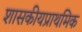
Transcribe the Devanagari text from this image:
शासकीयप्राथमिक